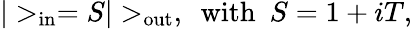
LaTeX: |>_{\mathrm{in}}=S|>_{\mathrm{out}},~~\mathrm{with}~~S=1+iT,